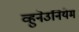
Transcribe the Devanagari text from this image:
व्हुनेउनियेम